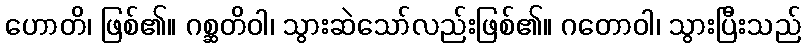
ဟောတိ၊ ဖြစ်၏။ ဂစ္ဆတိဝါ၊ သွားဆဲသော်လည်းဖြစ်၏။ ဂတောဝါ၊ သွားပြီးသည်